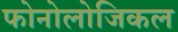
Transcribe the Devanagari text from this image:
फोनोलोजिकल